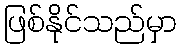
ဖြစ်နိုင်သည်မှာ